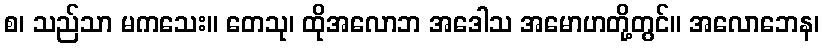
စ၊ သည်သာ မကသေး။ တေသု၊ ထိုအလောဘ အဒေါသ အမောဟတို့တွင်။ အလောဘေန၊